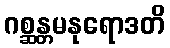
ဂစ္ဆန္တမနုရောဒတိ